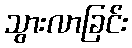
သွားလာခြင်း